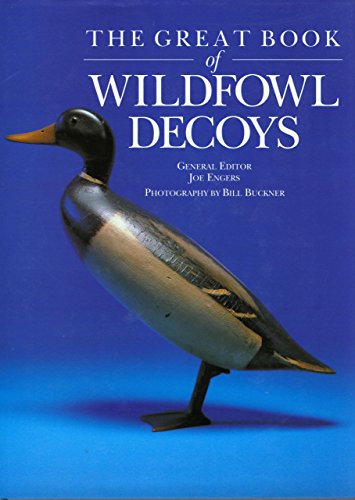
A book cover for Great Book of Wildfowl Decoys; Crafts, Hobbies & Home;